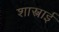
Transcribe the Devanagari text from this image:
शास्त्राई